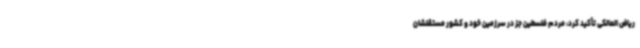
ریاض المالکی تأکید کرد: مردم فلسطین جز در سرزمین خود و کشور مستقلشان